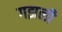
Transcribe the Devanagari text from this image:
गझली